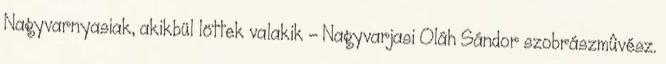
Nagyvarnyasiak, akikbül löttek valakik - Nagyvarjasi Oláh Sándor szobrászmûvész.